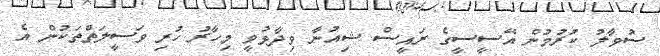
ސުވާލު ކުރުމުން އޭސީސީގެ ރައީސް ޝިއުނާ ވިދާޅުވީ މިހާރު ހުރި ވަސީލަތްތަކުން އެ